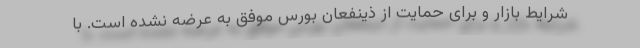
شرایط بازار و برای حمایت از ذینفعان بورس موفق به عرضه نشده است. با